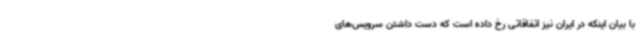
با بیان اینکه در ایران نیز اتفاقاتی رخ داده است که دست داشتن سرویس‌های